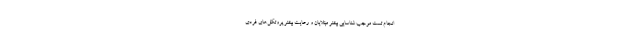
انجام تست موجب شناسایی بیشتر مبتلایان و رعایت بیشتر پروتکل‌های فردی